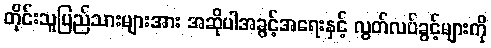
တိုင်းသူပြည်သားများအား အဆိုပါအခွင့်အရေးနှင့် လွတ်လပ်ခွင့်များကို